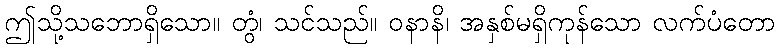
ဤသို့သဘောရှိသော။ တွံ၊ သင်သည်။ ဝနာနိ၊ အနှစ်မရှိကုန်သော လက်ပံတော